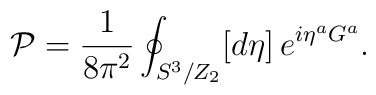
{\cal P}=\frac{1}{8\pi^2}\oint_{S^3/Z_2} [d\eta] \,e^{i\eta^a G^a}.